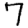
Digit: 7